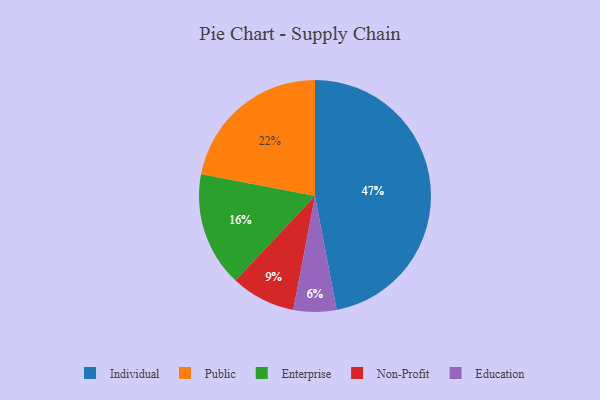
{"axis": {"x": "Category", "y": "Percentage"}, "legend": ["Education", "Enterprise", "Individual", "Non-Profit", "Public"], "data": [{"x": "Non-Profit", "y": 9, "type": "Non-Profit"}, {"x": "Individual", "y": 47, "type": "Individual"}, {"x": "Public", "y": 22, "type": "Public"}, {"x": "Education", "y": 6, "type": "Education"}, {"x": "Enterprise", "y": 16, "type": "Enterprise"}]}